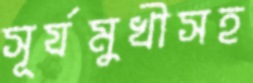
সূর্যমুখীসহ